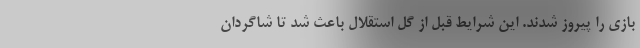
بازی را پیروز شدند. این شرایط قبل از گل استقلال باعث شد تا شاگردان